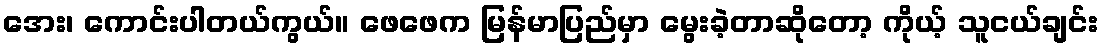
အေး၊ ကောင်းပါတယ်ကွယ်။ ဖေဖေက မြန်မာပြည်မှာ မွေးခဲ့တာဆိုတော့ ကိုယ့် သူငယ်ချင်း